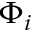
\Phi _ { i }